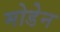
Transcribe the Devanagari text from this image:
मोडेन